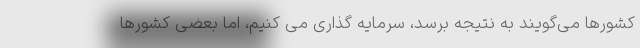
کشورها می‌گویند به نتیجه برسد، سرمایه گذاری می کنیم، اما بعضی کشورها